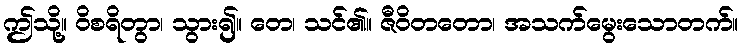
ဤသို့။ ဝိစရိတွာ၊ သွား၍။ တေ၊ သင်၏။ ဇီဝိတတော၊ အသက်မွေးသောတက်။